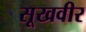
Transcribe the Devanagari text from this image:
सूखवीर